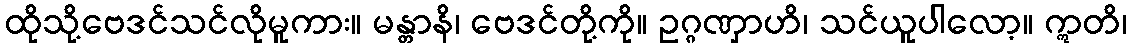
ထိုသို့ဗေဒင်သင်လိုမူကား။ မန္တာနိ၊ ဗေဒင်တို့ကို။ ဥဂ္ဂဏှာဟိ၊ သင်ယူပါလော့။ ဣတိ၊